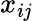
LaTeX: x_{i\mathit{j}}